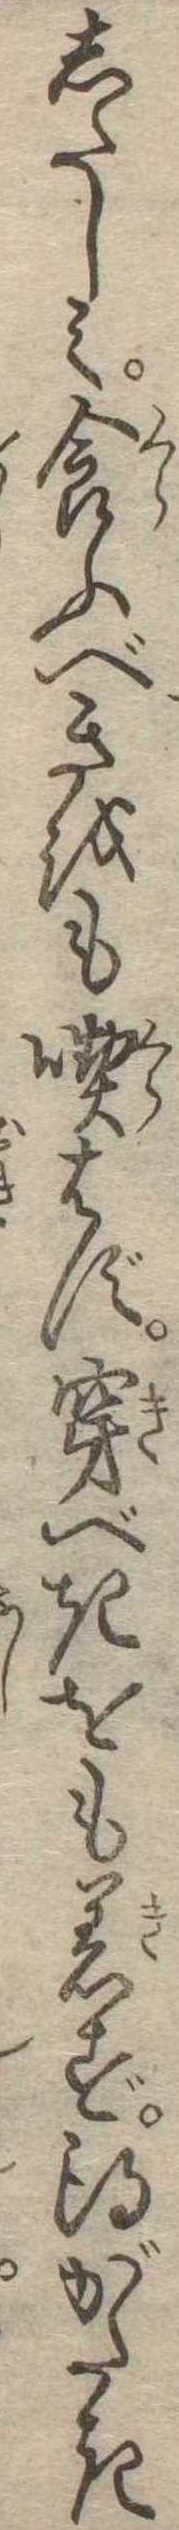
したしみ食ふべきをも喫はず穿べきをも着ず得がたき